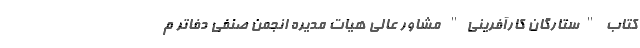
کتاب "ستارگان کارآفرینی" مشاور عالی هیات مدیره انجمن صنفی دفاتر م